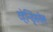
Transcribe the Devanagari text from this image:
व्हेन्ड्सिसेल